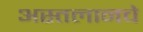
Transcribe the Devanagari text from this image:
अस्तलानचे